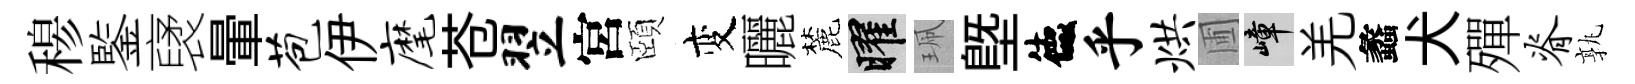
𥠇鍳裦暈苞伊麾苍翌宮頤变曬麓曜珮塈德乎烘圃嶂羌蠡犬殫脊孰